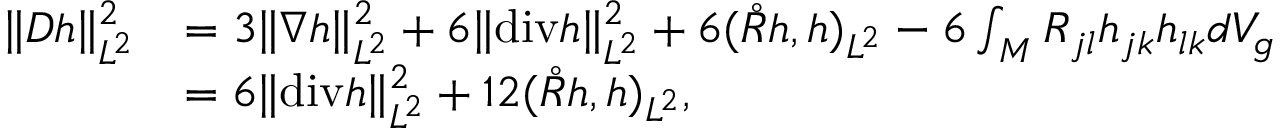
\begin{array} { r l } { \| D h \| _ { L ^ { 2 } } ^ { 2 } } & { = 3 \| \nabla h \| _ { L ^ { 2 } } ^ { 2 } + 6 \| \mathrm { d i v } h \| _ { L ^ { 2 } } ^ { 2 } + 6 ( \mathring { R } h , h ) _ { L ^ { 2 } } - 6 \int _ { M } R _ { j l } h _ { j k } h _ { l k } d V _ { g } } \\ & { = 6 \| \mathrm { d i v } h \| _ { L ^ { 2 } } ^ { 2 } + 1 2 ( \mathring { R } h , h ) _ { L ^ { 2 } } , } \end{array}